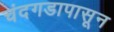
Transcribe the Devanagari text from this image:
चंदगडापासून